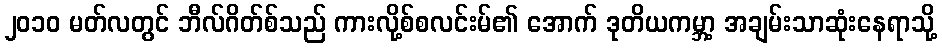
၂၀၁၀ မတ်လတွင် ဘီလ်ဂိတ်စ်သည် ကားလို့စ်စလင်းမ်၏ အောက် ဒုတိယကမ္ဘာ့ အချမ်းသာဆုံးနေရာသို့